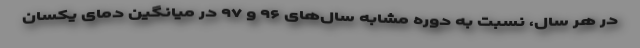
در هر سال، نسبت به دوره مشابه سال‌های ۹۶ و ۹۷ در میانگین دمای یکسان